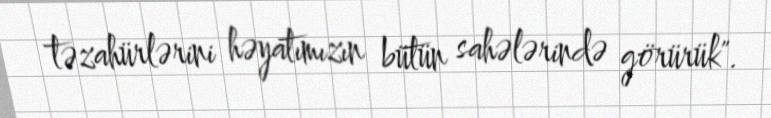
təzahürlərini həyatımızın bütün sahələrində görürük".